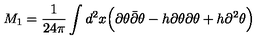
M _ { 1 } = { \frac { 1 } { 2 4 \pi } } \int d ^ { 2 } x \Big ( \partial \theta { \bar { \partial } } \theta - h \partial \theta \partial \theta + h \partial ^ { 2 } \theta \Big )